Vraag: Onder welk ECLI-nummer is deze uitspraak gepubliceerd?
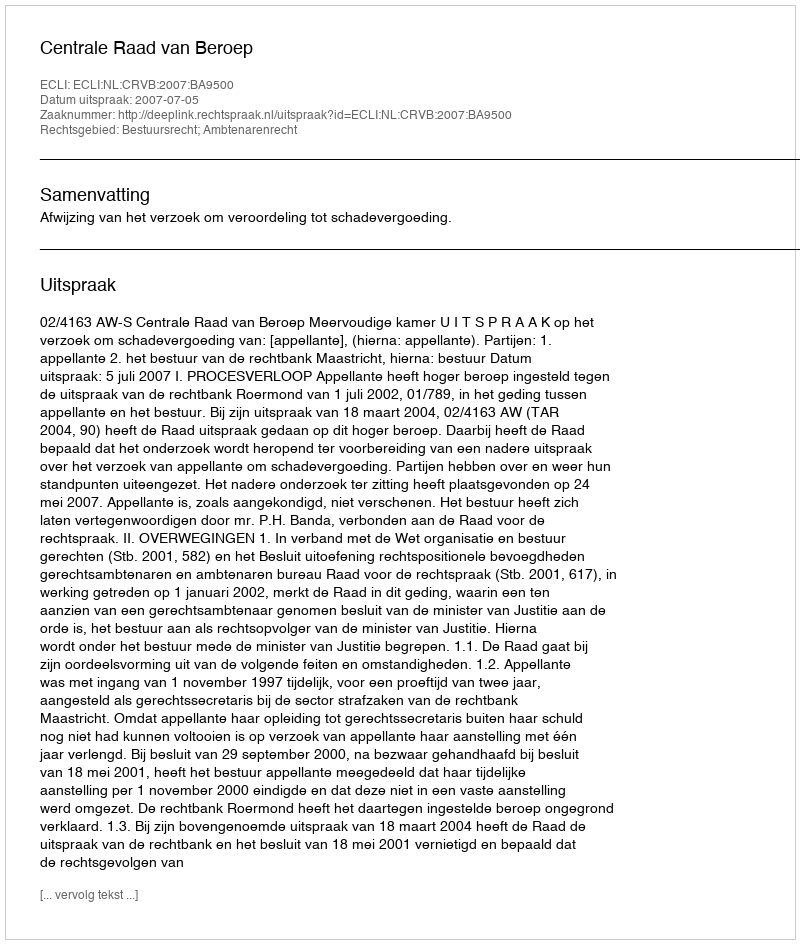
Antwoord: ECLI:NL:CRVB:2007:BA9500